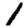
Digit: 1